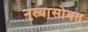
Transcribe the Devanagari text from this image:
नृत्यासोबत